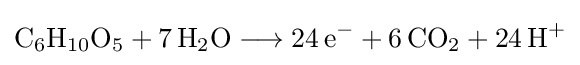
{\mathrm {C} {\vphantom {A}}_{\smash[{t}]{6}}\mathrm {H} {\vphantom {A}}_{\smash[{t}]{10}}\mathrm {O} {\vphantom {A}}_{\smash[{t}]{5}}{}+{}7\,\mathrm {H} {\vphantom {A}}_{\smash[{t}]{2}}\mathrm {O} {}\mathrel {\longrightarrow } {}24\,\mathrm {e} {\vphantom {A}}^{-}{}+{}6\,\mathrm {CO} {\vphantom {A}}_{\smash[{t}]{2}}{}+{}24\,\mathrm {H} {\vphantom {A}}^{+}}